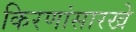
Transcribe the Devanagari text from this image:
किरणांसारखे